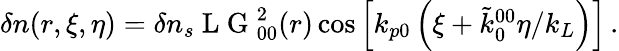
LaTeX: \begin{array}{r}{\delta n(r,\xi,\eta)=\delta n_{s}\mathrm{~L~G~}_{00}^{2}(r)\cos\left[k_{p0}\left(\xi+\tilde{k}_{0}^{00}\eta/k_{L}\right)\right]\, .}\end{array}